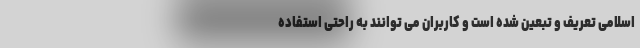
اسلامی تعریف و تبعین شده است و کاربران می توانند به راحتی استفاده